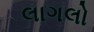
લાગલો